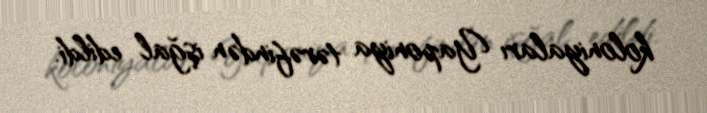
koloniyaları Yaponiya tərəfindən işğal edildi.